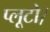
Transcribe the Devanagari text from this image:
प्लूटो।